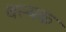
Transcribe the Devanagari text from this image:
वस्यक